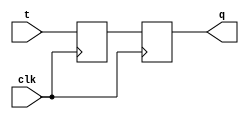
module t_ff(
    input wire clk, // clock signal
    input wire t,   // T signal input
    output reg q    // output of T flip-flop
);

reg d1, d2;

always @(posedge clk)
    d1 <= t;

always @(posedge clk)
    d2 <= d1;

assign q = d2;

endmodule